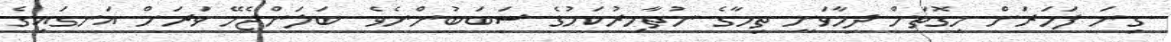
ގިނަ ފަހަރަށް މިގޮތަށް ދިމާވަނީ ތިމާގެ ނުތާހިރުކަމުގެ ސަބަބުންނެވެ. ބަލަންޖެހޭ ވަރަށް އަނގައިގެ